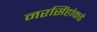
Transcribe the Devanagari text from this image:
नरसिंहांकडे